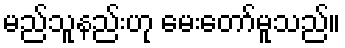
မည်သူနည်းဟု မေးတော်မူသည်။